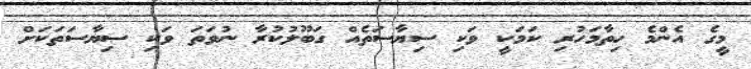
މީގެ އެންމެ ހިތާމަހުރި ކަމަކީ ވަކި ސިޔާސަތެއް ގަބޫލުކުރާ ނުވަތަ ވަކި ސިޔާސަތަކަށް